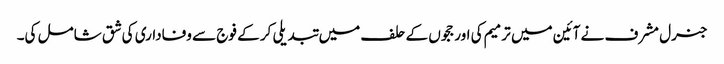
جنرل مشرف نے آئین میں ترمیم کی اور ججوں کے حلف میں تبدیلی کر کے فوج سے وفاداری کی شق شامل کی۔